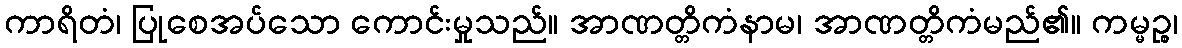
ကာရိတံ၊ ပြုစေအပ်သော ကောင်းမှုသည်။ အာဏတ္တိကံနာမ၊ အာဏတ္တိကံမည်၏။ ကမ္မဉ္စ၊